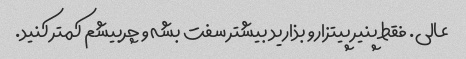
عالی. فقط پنیر پیتزارو بذارید بیشتر سفت بشه و چربیشم کمتر کنید.